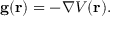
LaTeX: \mathbf { g } ( \mathbf { r } ) = - \nabla V ( \mathbf { r } ) .